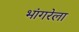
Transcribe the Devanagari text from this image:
भांगरेला